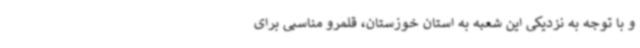
و با توجه به نزدیکی این شعبه به استان خوزستان، قلمرو مناسبی برای